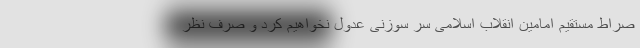
صراط مستقیم امامین انقلاب اسلامی سر سوزنی عدول نخواهیم کرد و صرف نظر